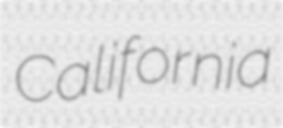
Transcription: California